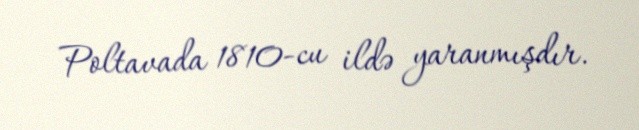
Poltavada 1810-cu ildə yaranmışdır.